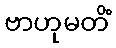
ဗာဟုမတိံ